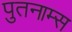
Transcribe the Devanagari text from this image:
पुतनाम्स